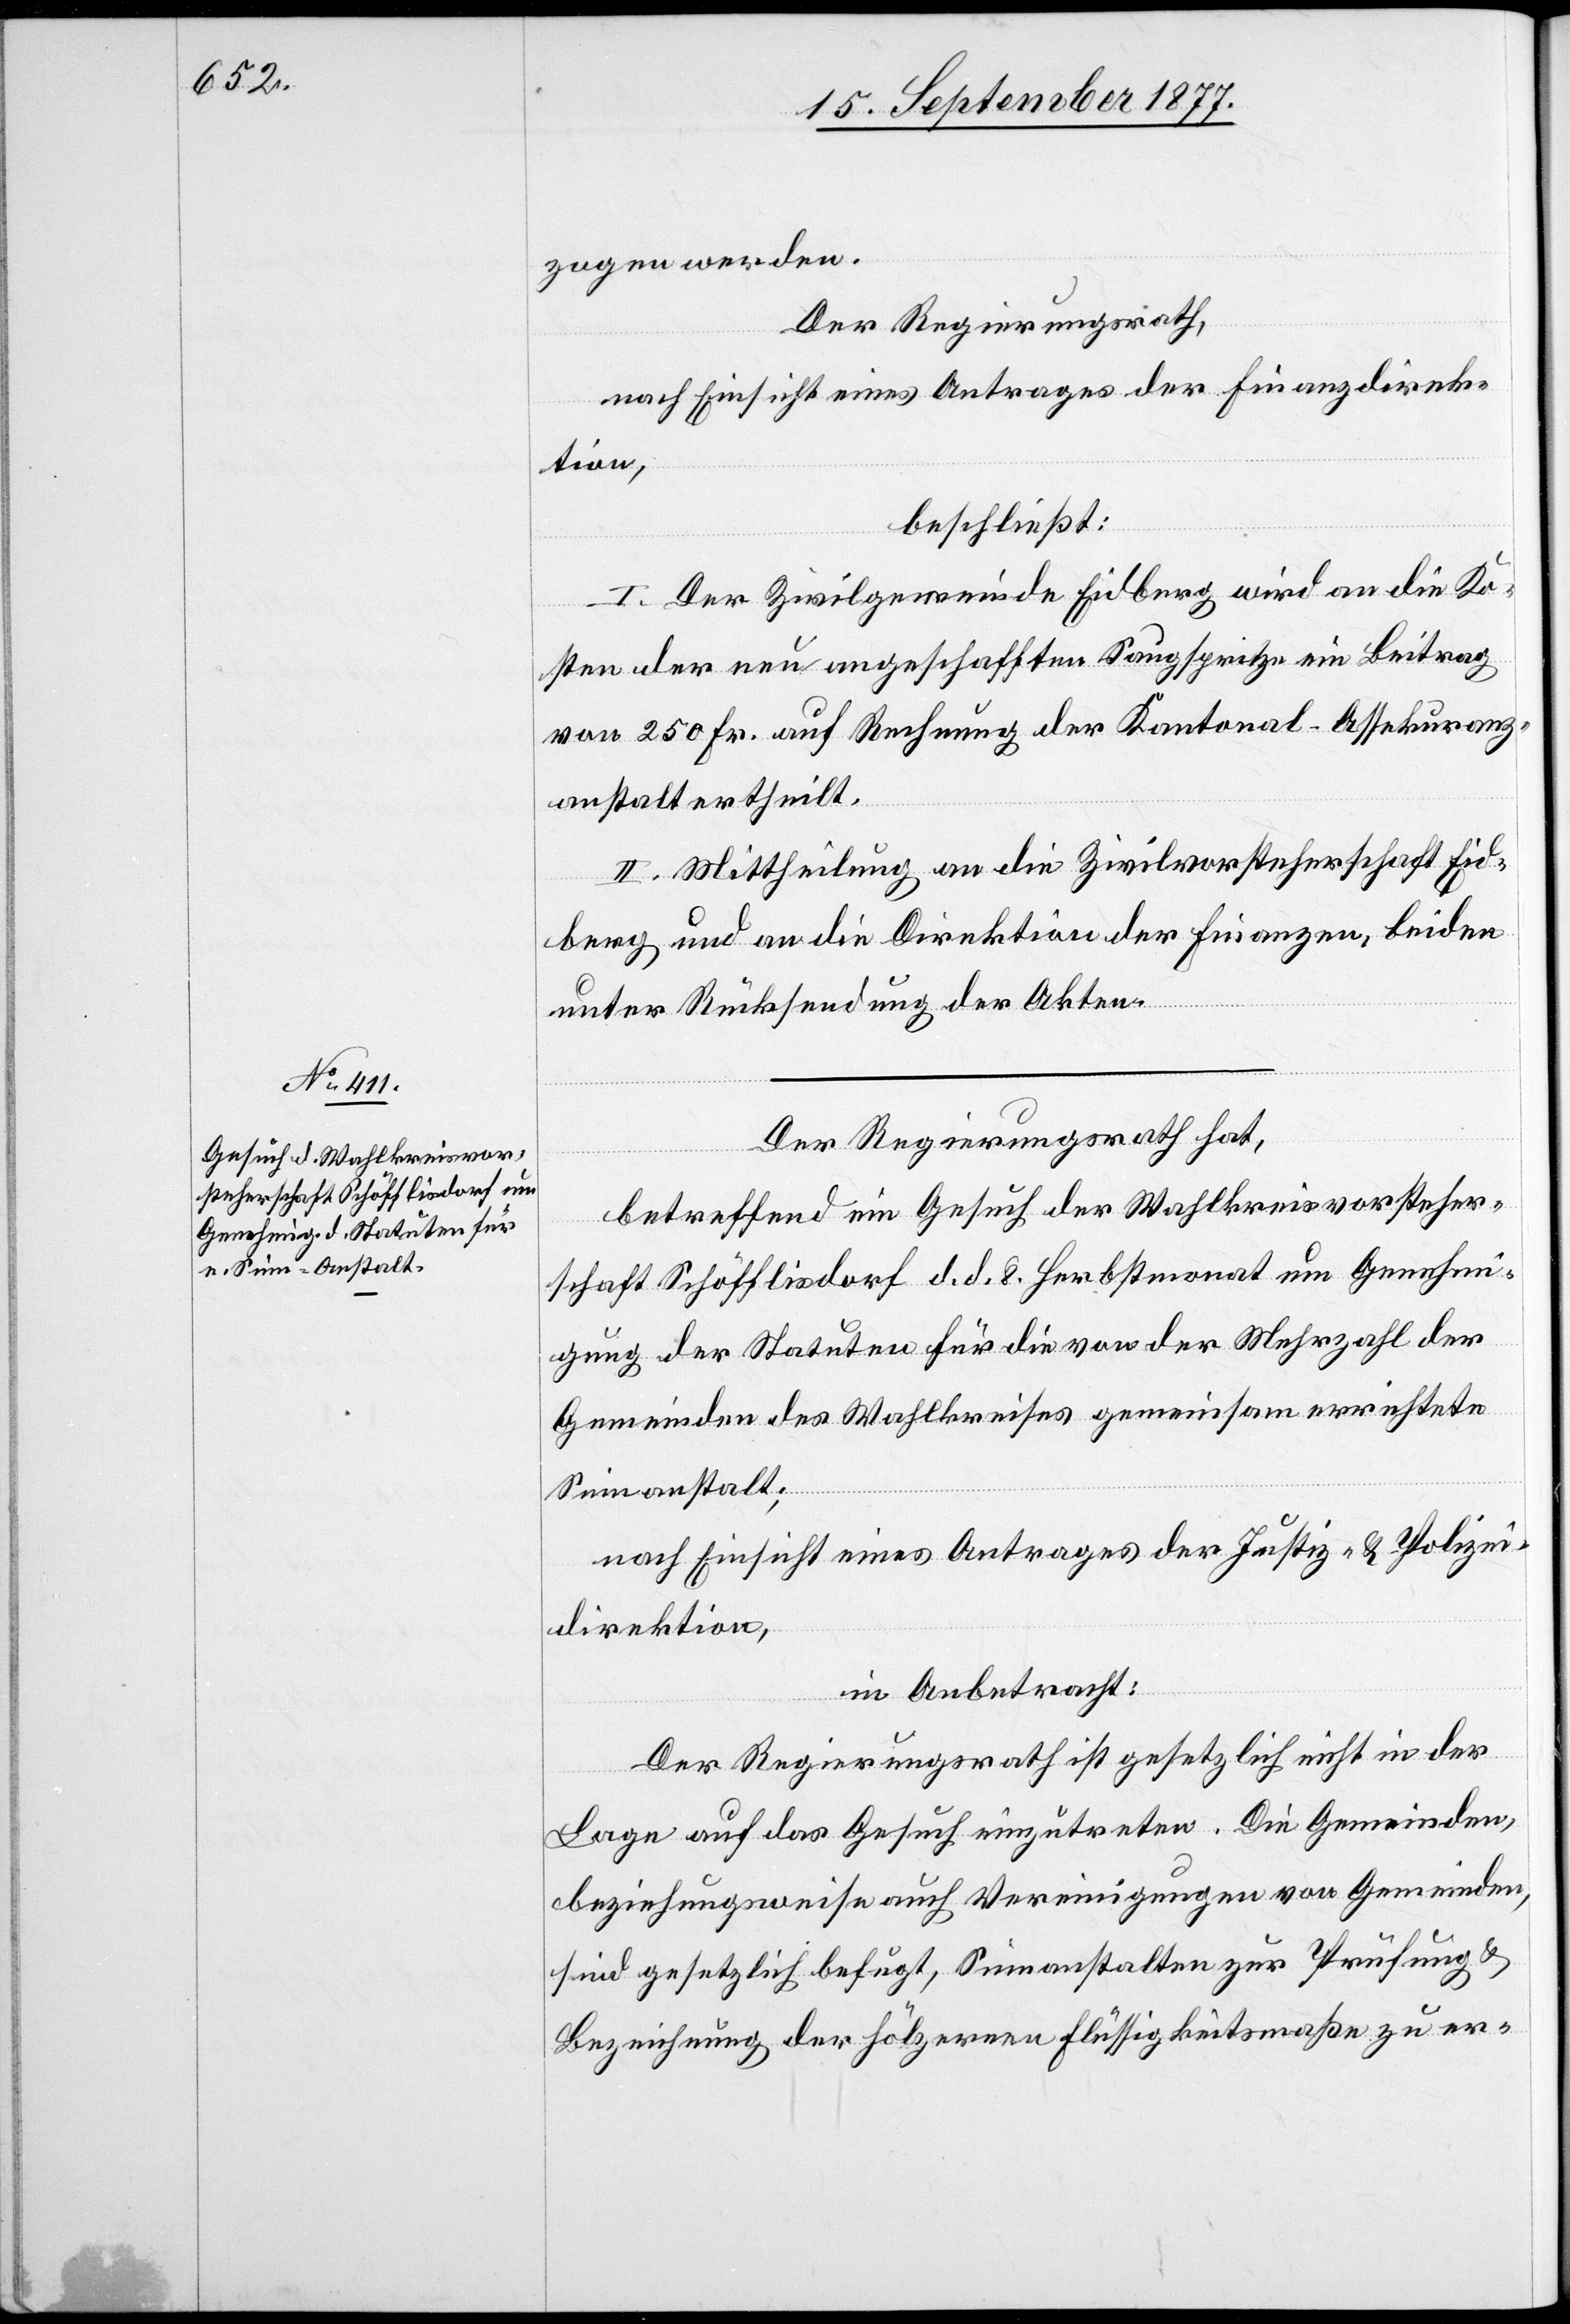
zogen werden.
Der Regierungsrath,
nach Einsicht eines Antrages der Finanzdirek¬
tion,
beschließt:
I. Der Zivilgemeinde Eidberg wird an die Ko¬
sten der neu angeschafften Saugspritze ein Beitrag
von 250 Fr. auf Rechnung der Kantonal-Assekuranz¬
anstalt ertheilt.
II. Mittheilung an die Zivilvorsteherschaft Eid¬
berg und an die Direktion der Finanzen, beiden
unter Rücksendung der Akten.
Der Regierungsrath hat,
betreffend ein Gesuch der Wahlkreisvorsteher¬
schaft Schöfflisdorf d. d. 8. Herbstmonat um Genehmi¬
gung der Statuten für die von der Mehrzahl der
Gemeinden des Wahlkreises gemeinsam errichtete
Sinnanstalt;
nach Einsicht eines Antrages der Justiz- & Polizei¬
direktion,
in Anbetracht:
Der Regierungsrath ist gesetzlich nicht in der
Lage auf das Gesuch einzutreten. Die Gemeinden,
beziehungsweise auch Vereinigungen von Gemeinden,
sind gesetzlich befugt, Sinnanstalten zur Prüfung &
Bezeichnung der hölzernen Flüssigkeitsmaße zu er-